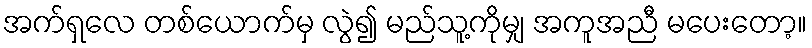
အက်ရှလေ တစ်ယောက်မှ လွဲ၍ မည်သူ့ကိုမျှ အကူအညီ မပေးတော့။